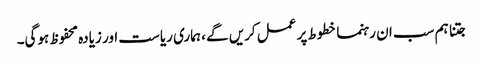
جتنا ہم سب ان رہنما خطوط پر عمل کریں گے ، ہماری ریاست اور زیادہ محفوظ ہوگی۔